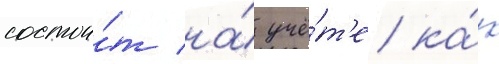
состои́т на́ учё́т'е ка́к